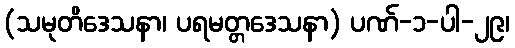
(သမုတိဒေသနာ၊ ပရမတ္တဒေသနာ) ပဏ်-၁-ပါ-၂၉၊